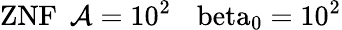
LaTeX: \mathrm{{ZNF}\: \: \mathcal{A}=10^{2}\: \: \: \ beta_{0}=10^{2}}